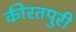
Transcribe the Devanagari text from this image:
कीरतपुरी